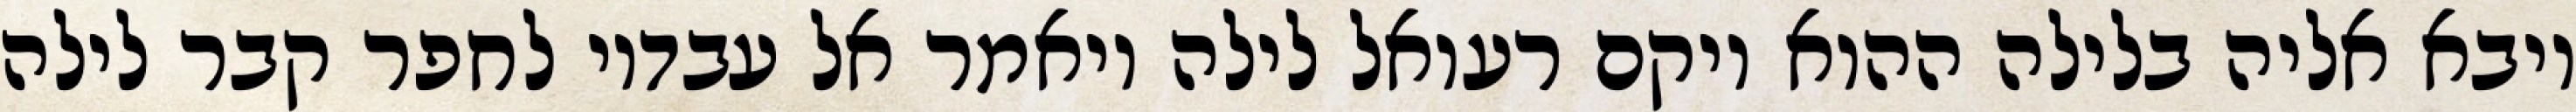
ויבא אליה בלילה ההוא ויקם רעואל לילה ויאמר אל עבדיו לחפר קבר לילה